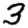
Digit: 3